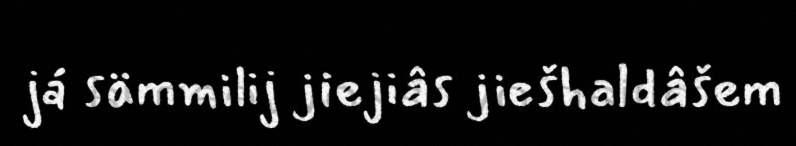
já sämmilij jiejiâs jiešhaldâšem